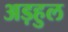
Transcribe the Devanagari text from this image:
अड़हुल